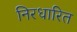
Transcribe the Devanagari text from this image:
निरधारित